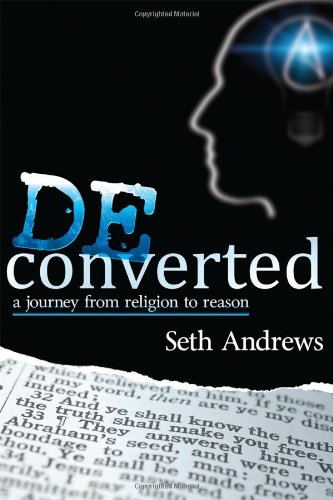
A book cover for Deconverted: A Journey from Religion to Reason; Seth Andrews; Religion & Spirituality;